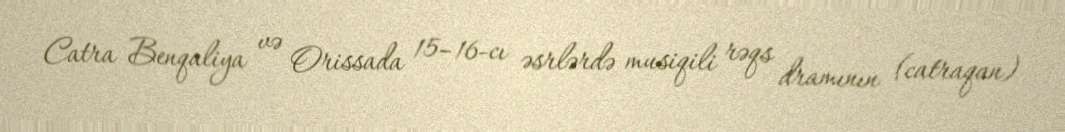
Catra Benqaliya və Orissada 15–16-cı əsrlərdə musiqili rəqs dramının (catraqan)